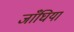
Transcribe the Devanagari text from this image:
जाँघिया